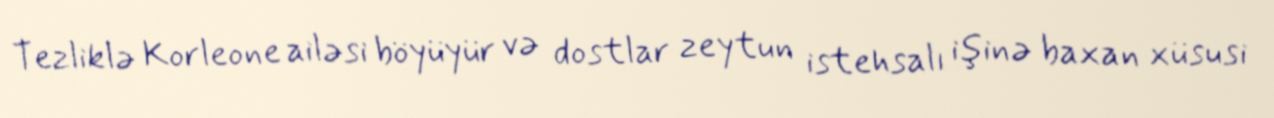
Tezliklə Korleone ailəsi böyüyür və dostlar zeytun istehsalı işinə baxan xüsusi